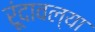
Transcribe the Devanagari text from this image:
रूंदावल्या